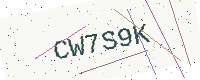
Text: CW7S9K